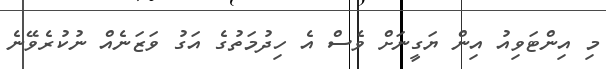
މި އިންޓަވިއު އިން ޔަގީނަށް ވެސް އެ ހިދުމަތުގެ އަގު ވަޒަނެއް ނުކުރެވޭނެ